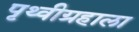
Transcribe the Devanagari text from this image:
पृथ्वीग्रहाला